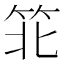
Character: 𬔶